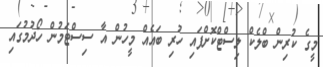
މީގެ ކުރިން ބްލެކް ލިސްޓްކޮށްފައި ހުރި ބައެއް މީހުން އާ ސިސްޓަމުން ހޯދުމުގައި